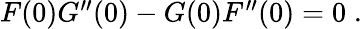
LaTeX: \begin{array}{r}{F(0)G^{\prime\prime}(0)-G(0)F^{\prime\prime}(0)=0\; .}\end{array}